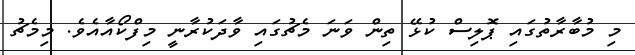
މި މުބާރާތުގައި ޕޮލިސް ކުޅޭ ތިން ވަނަ މެޗުގައި ވާދަކުރާނީ މިފްކޯއާއެވެ. މިމެޗު